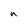
Character: n